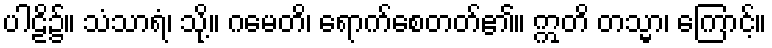
ပါဠိ၌။ သံသာရံ၊ သို့။ ဂမေတိ၊ ရောက်စေတတ်၏။ ဣတိ တသ္မာ၊ ကြောင့်။